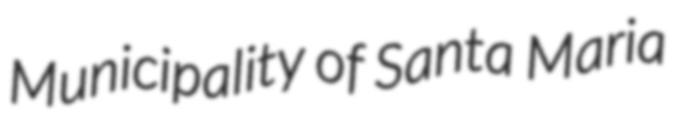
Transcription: Municipality of Santa Maria